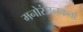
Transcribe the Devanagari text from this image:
मनोरंजनकर्त्ता